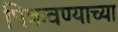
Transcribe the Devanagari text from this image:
पिकवण्याच्या